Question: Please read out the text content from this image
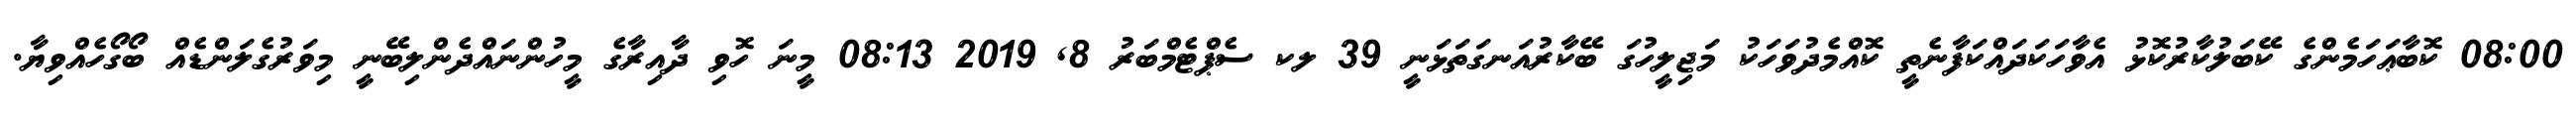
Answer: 08:00 ކޮބާޢަހަމެންގެ ކޭބަލުކާރުކޮޅު އެވާހަކަދައްކަފާނެތީ ކޮއްމެދުވަހަކު މަޖިލީހުގަ ބޭކާރުއަނގަތަޅަނީ 39 ލކ ސެޕްޓެމްބަރު 8, 2019 08:13 މީނަ ހޮވި ދާއިރާގެ މީހުންނައްދެންލިބޭނީ މިވަރުގެލަންޑެއް ބޯގޯހެއްވިޔާ.